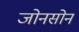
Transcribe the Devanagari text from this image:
जोनसोन